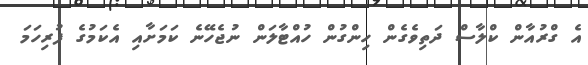
އެ ގްރުއާން ކްލާސް ދަތިވެގެން ހިންގުން ހުއްޓާލަން ނުޖެހޭނެ ކަމަށާއި އެކަމުގެ ފުރިހަމަ